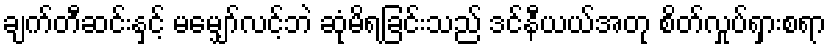
ချက်တီဆင်းနှင့် မမျှော်လင့်ဘဲ ဆုံမိရခြင်းသည် ဒင်နီယယ်အတု စိတ်လှုပ်ရှားစရာ